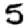
Digit: 5